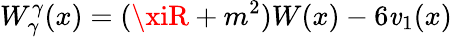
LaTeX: W_{\gamma}^{\gamma}(x)=(\xiR+m^{2})W(x)-6\mathit{v}_{1}(x)